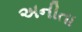
અનીતા